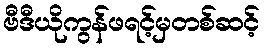
ဗီဒီယိုကွန်ဖရင့်မှတစ်ဆင့်